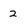
Character: 2